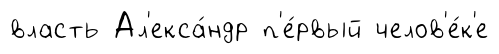
власть Ал'екса́ндр п'е́рвый челов'е́к'е